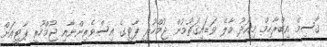
ޤާސިމް އިބްރާހިމް މިއަދު މާލެ ވަޑައިގަތުމުން ޖުމްހޫރީ ޕާޓީގެ އިސްވެރިންނާއި ޖުމްހޫރީ ޕާޓީއަށް